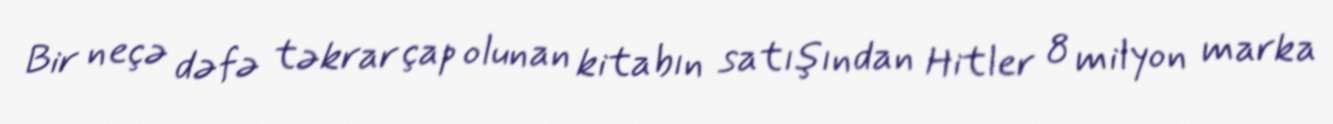
Bir neçə dəfə təkrar çap olunan kitabın satışından Hitler 8 milyon marka